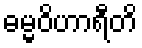
ဓမ္မဝိဟာရီတိ